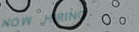
NOW HIRING